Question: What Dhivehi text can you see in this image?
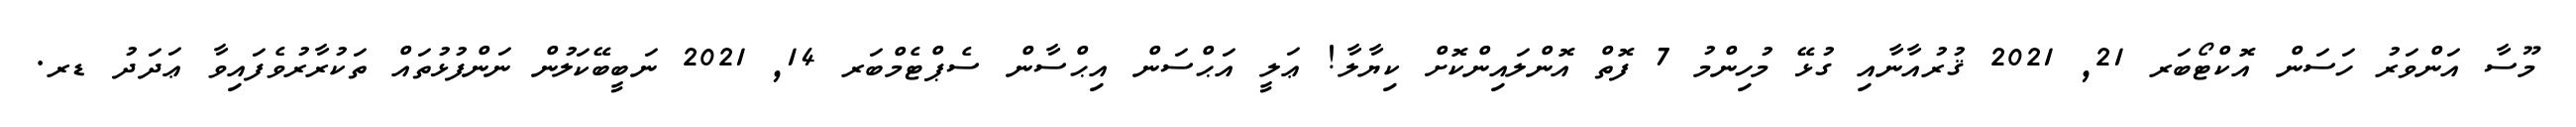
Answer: މޫސާ އަންވަރު ހަސަން އޮކްޓޯބަރ 21, 2021 ޤުރުއާނާއި ގުޅޭ މުހިންމު 7 ފޮތް އޮންލައިންކޮށް ކިޔާލާ! ޢަލީ އަޙްސަން އިޙްސާން ސެޕްޓެމްބަރ 14, 2021 ނަބީބޭކަލުން ނަންފުޅުތައް ތަކުރާރުވެފައިވާ ޢަދަދު ޑރ.